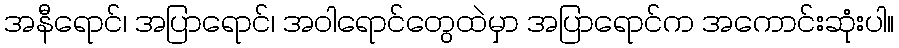
အနီရောင်၊ အပြာရောင်၊ အဝါရောင်တွေထဲမှာ အပြာရောင်က အကောင်းဆုံးပါ။